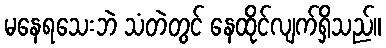
မနေရသေးဘဲ သံတဲတွင် နေထိုင်လျက်ရှိသည်။